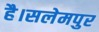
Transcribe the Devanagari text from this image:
है।सलेमपुर